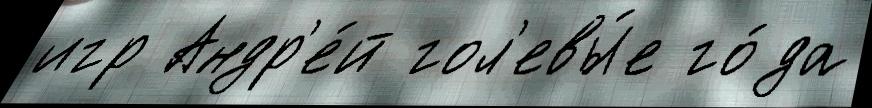
игр Андр'е́й гол'евы́е го́да